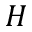
H